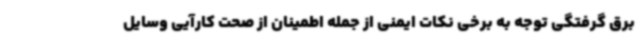
برق گرفتگی توجه به برخی نکات ایمنی از جمله اطمینان از صحت کارآیی وسایل